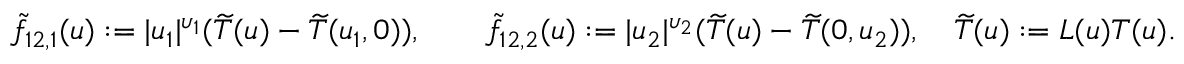
\begin{array} { r } { \tilde { f } _ { 1 2 , 1 } ( \boldsymbol { u } ) : = | u _ { 1 } | ^ { \upsilon _ { 1 } } ( \widetilde T ( \boldsymbol { u } ) - \widetilde T ( u _ { 1 } , 0 ) ) , \qquad \tilde { f } _ { 1 2 , 2 } ( \boldsymbol { u } ) : = | u _ { 2 } | ^ { \upsilon _ { 2 } } ( \widetilde T ( \boldsymbol { u } ) - \widetilde T ( 0 , u _ { 2 } ) ) , \quad \widetilde T ( \boldsymbol { u } ) : = L ( \boldsymbol { u } ) T ( \boldsymbol { u } ) . } \end{array}